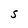
Character: S